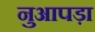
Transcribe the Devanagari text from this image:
नुआपड़ा